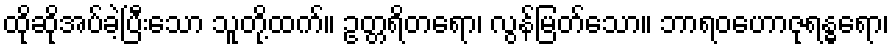
ထိုဆိုအပ်ခဲ့ပြီးသော သူတို့ထက်။ ဥတ္တရိတရော၊ လွန်မြတ်သော။ ဘာရဝဟောဇုရန္ဓရော၊